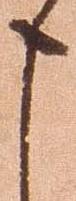
申